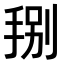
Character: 𭠻